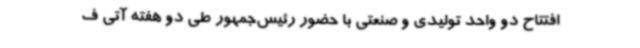
افتتاح دو واحد تولیدی و صنعتی با حضور رئیس‌جمهور طی دو هفته آتی ف